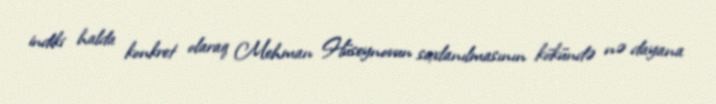
indiki halda konkret olaraq Mehman Hüseynovun saxlanılmasının kökündə nə dayana